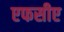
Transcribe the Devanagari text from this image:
एफसीए